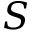
S